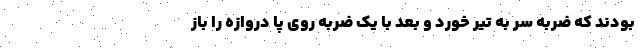
بودند که ضربه سر به تیر خورد و بعد با یک ضربه روی پا دروازه را باز